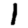
Digit: 1